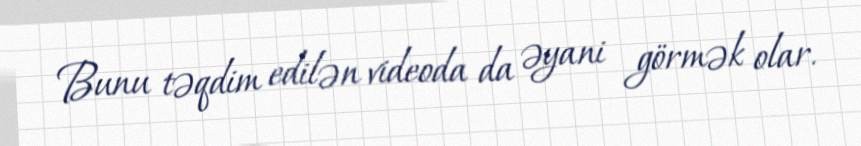
Bunu təqdim edilən videoda da əyani görmək olar.